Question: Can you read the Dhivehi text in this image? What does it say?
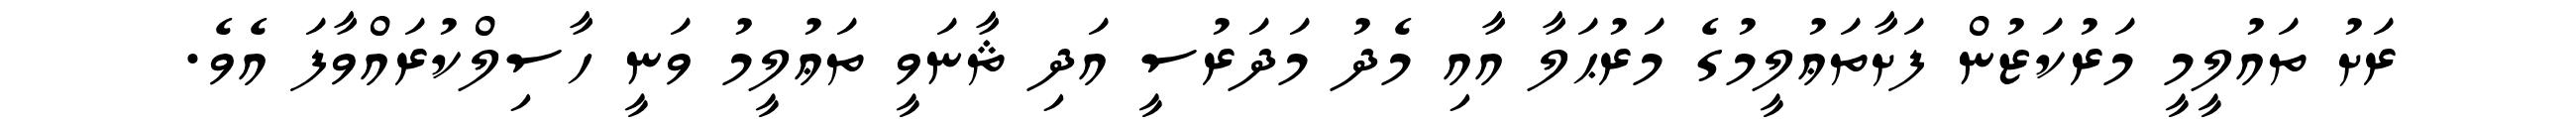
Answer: ރަށު ތައުލީމީ މަރުކަޒުން ފަށާތަޢުލީމުގެ މަރުޙަލާ އާއި މެދު މަދަރުސީ އަދި ޘާނަވީ ތަޢުލީމު ވަނީ ހާސިލްކުރައްވާފަ އެވެ.